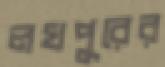
লখপুরের